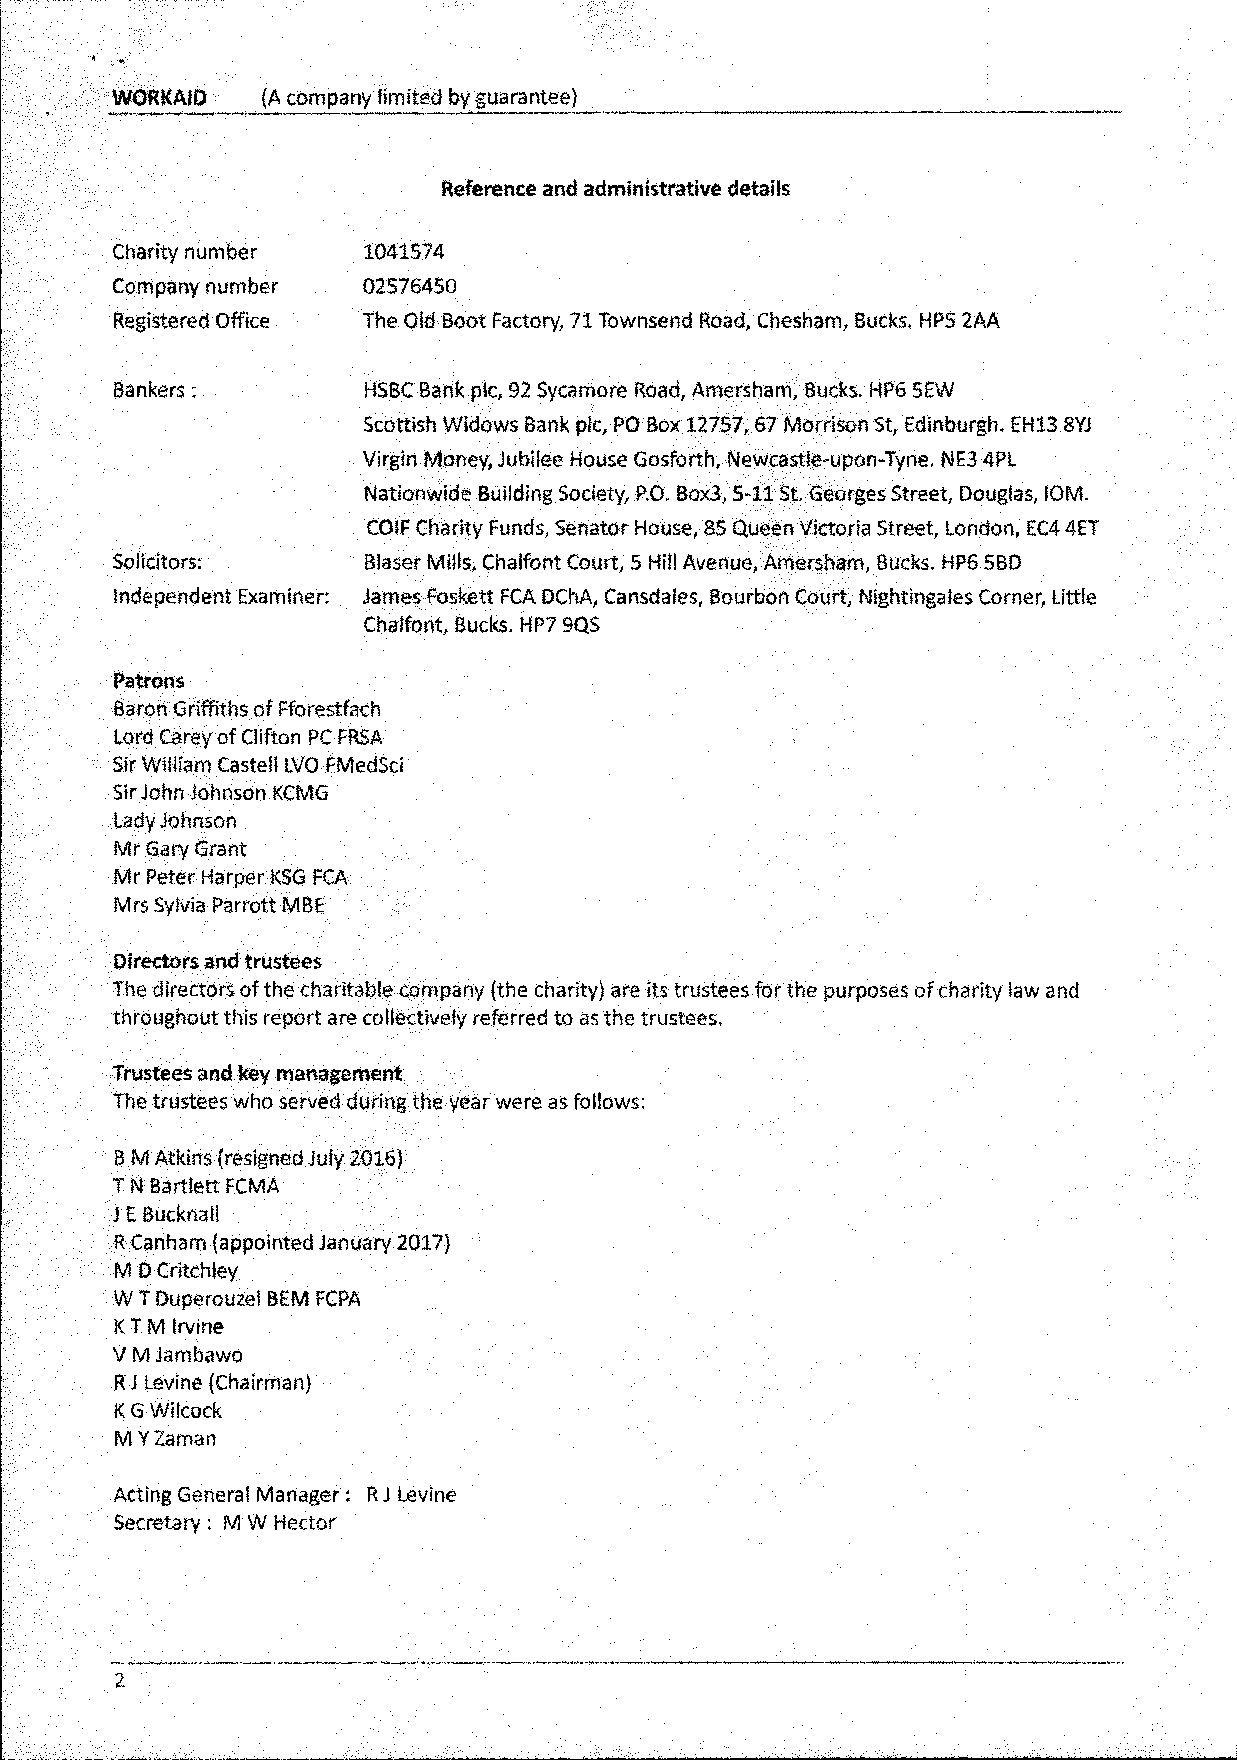
WORKAID   (A company limited by guarantee)
 Reference and administrative details
 Charity number   1041574
 Company number   02576450
 Registered Office The Old Boot Factory, 71 Townsend Road, Chesham, Bucks. HPS 2AA
 Bankers:         HSBC Bank pic, 92 Sycamore Road, Amersham, Bucks, HP6 SEW
 Scottish Widows Bank pic, PO Box 12757, 67 Morrison St, Edinburgh, EH13 8YJ
 Virgin Money, Jubilee House Gosforth, Newcastle-upon-Tyne, NE3 4PL
 Nationwide Building Society, P.O. Box3,5-11S t. Georges Street, Douglas, IOM.
 COIF Charity Funds, Senator House, 85 Queen Victoria Street, London, EC4 4ET
 Solicitors;      Blaser Mills, Chalfont Court, 5 Hill Avenue, Amersham, Bucks. HPS 5BD
 Independent Examiner: James Foskett FCA DChA, Cansdales, Bourbon Court, Nightingales Corner, little
 Chalfont, Bucks, HP7 90S
 Patrons
 Baron Griffiths of Fforestfach
 Lord Carey of Clifton PC FRSA
 Sir William Castell LVO FMedSci
 Sir John Johnson KCMG
 Lady Johnson
 Mr Gary Grant
 Mr Peter Harper KSG FCA
 Mrs Sylvia Parrott MBE
 Directors and trustees
 The directors of the charitable company (the charity) are its trustees for the purposes of charity law and
 throughout this report are collectively referred to as the trustees.
 Trustees and key management
 The trustees who served during the year were as follows:
 B M Atkins (resigned July 2016)
 T N Bartlett FCMA
 J E Bucknall
 R Canham (appointed January 2017)
 M D Critchley
 W T Duperouzel BEM FCPA
 KTM Irvine
 V M Jambawo
 R J Levine (Chairman)
 K G Wilcock
 M Y Zaman
 Acting General Manager: R J Levine
 Secretary: M W Hector
 2